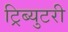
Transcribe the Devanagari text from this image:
ट्रिब्युटरी